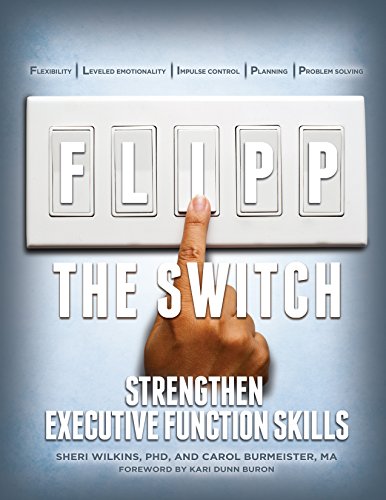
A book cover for FLIPP the Switch: Strengthen Executive Function Skills; Sheri Wilkins; Health, Fitness & Dieting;